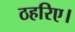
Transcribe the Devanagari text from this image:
ठहरिए।